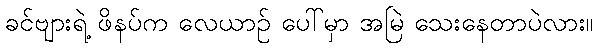
ခင်ဗျားရဲ့ ဖိနပ်က လေယာဉ် ပေါ်မှာ အမြဲ သေးနေတာပဲလား။